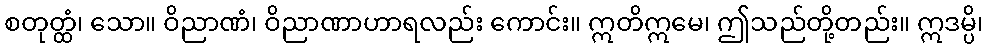
စတုတ္ထံ၊ သော။ ဝိညာဏံ၊ ဝိညာဏာဟာရလည်း ကောင်း။ ဣတိဣမေ၊ ဤသည်တို့တည်း။ ဣဒမ္ပိ၊